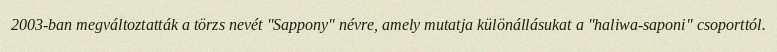
2003-ban megváltoztatták a törzs nevét "Sappony" névre, amely mutatja különállásukat a "haliwa-saponi" csoporttól.